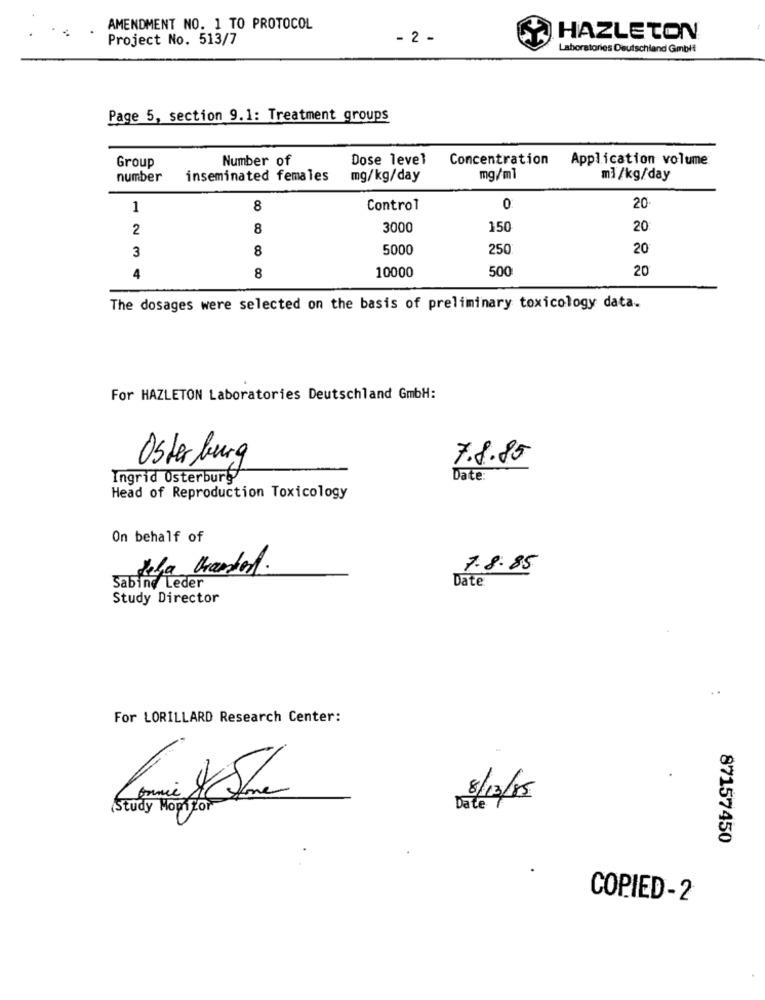
AMENDMENT NO. 1 TO PROTOCOL
Project No. 513/7
- 2 -
HAZLETON
Laboratories Deutschland Gmbh
Page 5, section 9.1: Treatment groups
Group
Number of
Dose level
Concentration
Application volume
number
inseminated females
mg/kg/day
mg/ml
mì/kg/day
1
8
Control
0
20
2
8
3000
150
20
8
5000
250
20
3
4
10000
500
20
8
The dosages were selected on the basis of preliminary toxicology data.
For HAZLETON Laboratories Deutschland GmbH:
Osterburg
7.8.85
Ingrid Osterburg
Date:
Head of Reproduction Toxicology
On behalf of
dela
7.8.85
Date
Sabine Leder
Study Director
. .
For LORILLARD Research Center:
ne
8/13/85
Study Mopizor
Date
87157450
COPIED-2